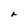
Character: r